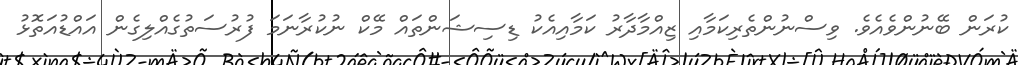
ކުރަން ބޭނުންވެއެވެ. ވިސްނުންތެރިކަމާއި ޒިއްމާދާރު ކަމާއިއެކު ޑިސިޝަންތައް މޭކް ނުކުރާނަމަ ފުރުސަތުގެއްލިގެން އައްޑުއަތޮޅު